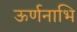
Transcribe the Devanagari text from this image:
ऊर्णनाभि